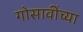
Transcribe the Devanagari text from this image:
गोसावींच्या